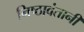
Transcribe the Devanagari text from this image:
निष्ठावंतानी